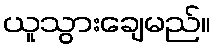
ယူသွားချေမည်။